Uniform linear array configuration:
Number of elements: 16
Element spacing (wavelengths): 0.75
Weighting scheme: hamming
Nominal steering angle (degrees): -30
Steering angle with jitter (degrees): -29.743
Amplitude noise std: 0.05
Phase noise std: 0.05

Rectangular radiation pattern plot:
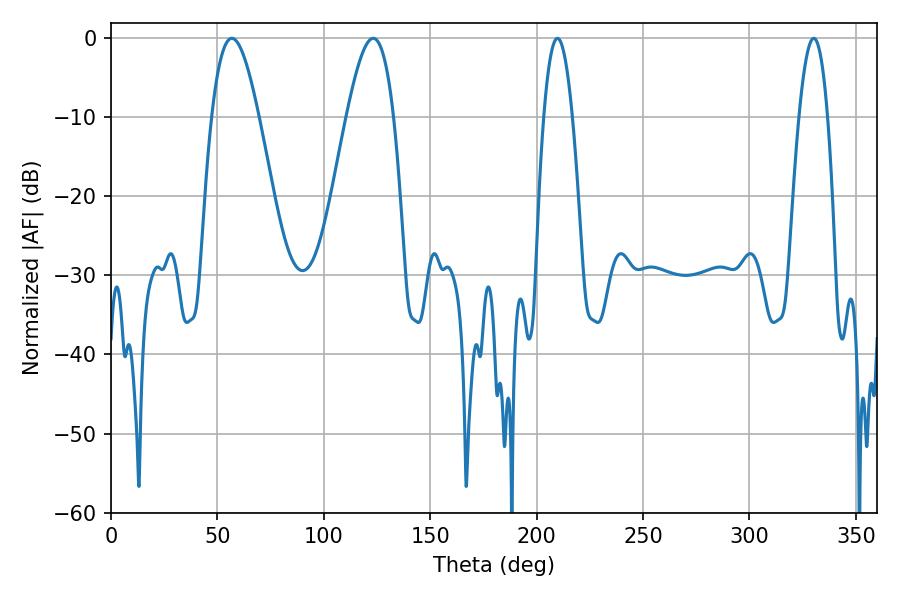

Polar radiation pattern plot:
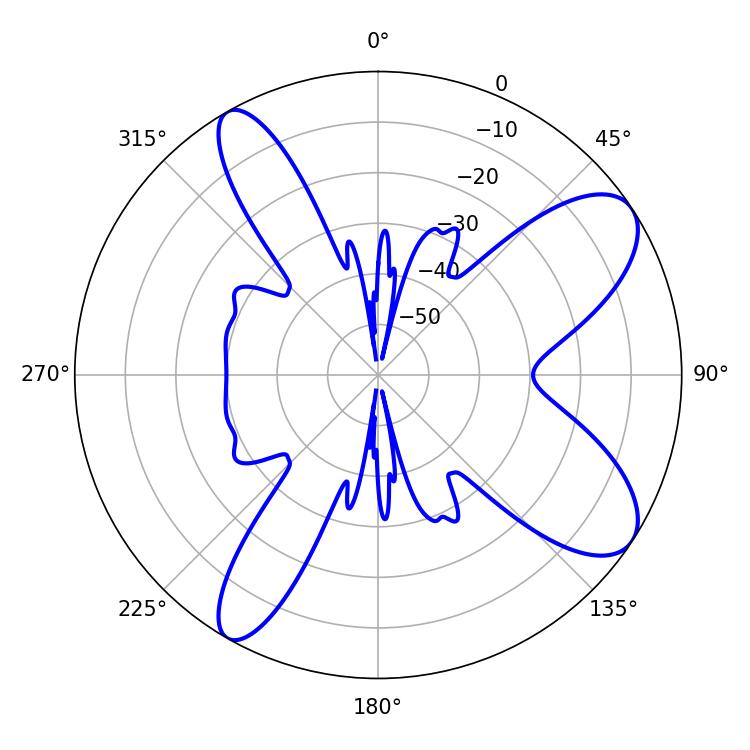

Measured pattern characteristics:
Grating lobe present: TRUE
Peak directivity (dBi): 9.136
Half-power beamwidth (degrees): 11.88
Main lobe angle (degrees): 56.7